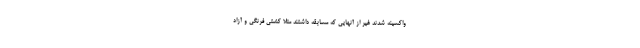
واکسینه شدند غیر از آنهایی که مسابقه داشتند مثلا کشتی فرنگی و آزاد